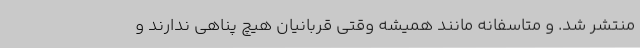
منتشر شد. و متاسفانه مانند همیشه وقتی قربانیان هیچ پناهی ندارند و